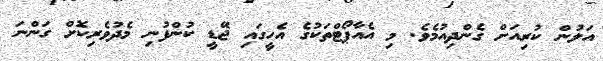
އަލުން ކުރިއަށް ގެންދިއުމެވެ. މި އެއާޕޯޓްތަކުގެ އެހީގައި ޖޭޑީ ކުންފުނި މެދުވެރިކޮށް ގަންނަ